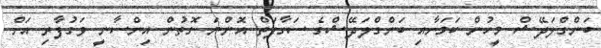
ބަންގްލަދޭޝް މީހުން ކަމަށާއި ބަންގްލަދޭޝްގެ ސަގާފަތް އޮންނަ ގޮތުން އިންސާނީ ވަގުފާރި އަށް